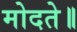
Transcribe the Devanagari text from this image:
मोदते॥